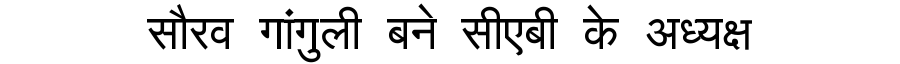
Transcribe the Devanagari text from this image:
सौरव गांगुली बने सीएबी के अध्यक्ष